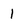
Character: 1